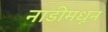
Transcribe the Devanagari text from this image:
नाडीमधून